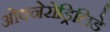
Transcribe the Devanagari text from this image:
ओक्नेरोड्रिलिडे